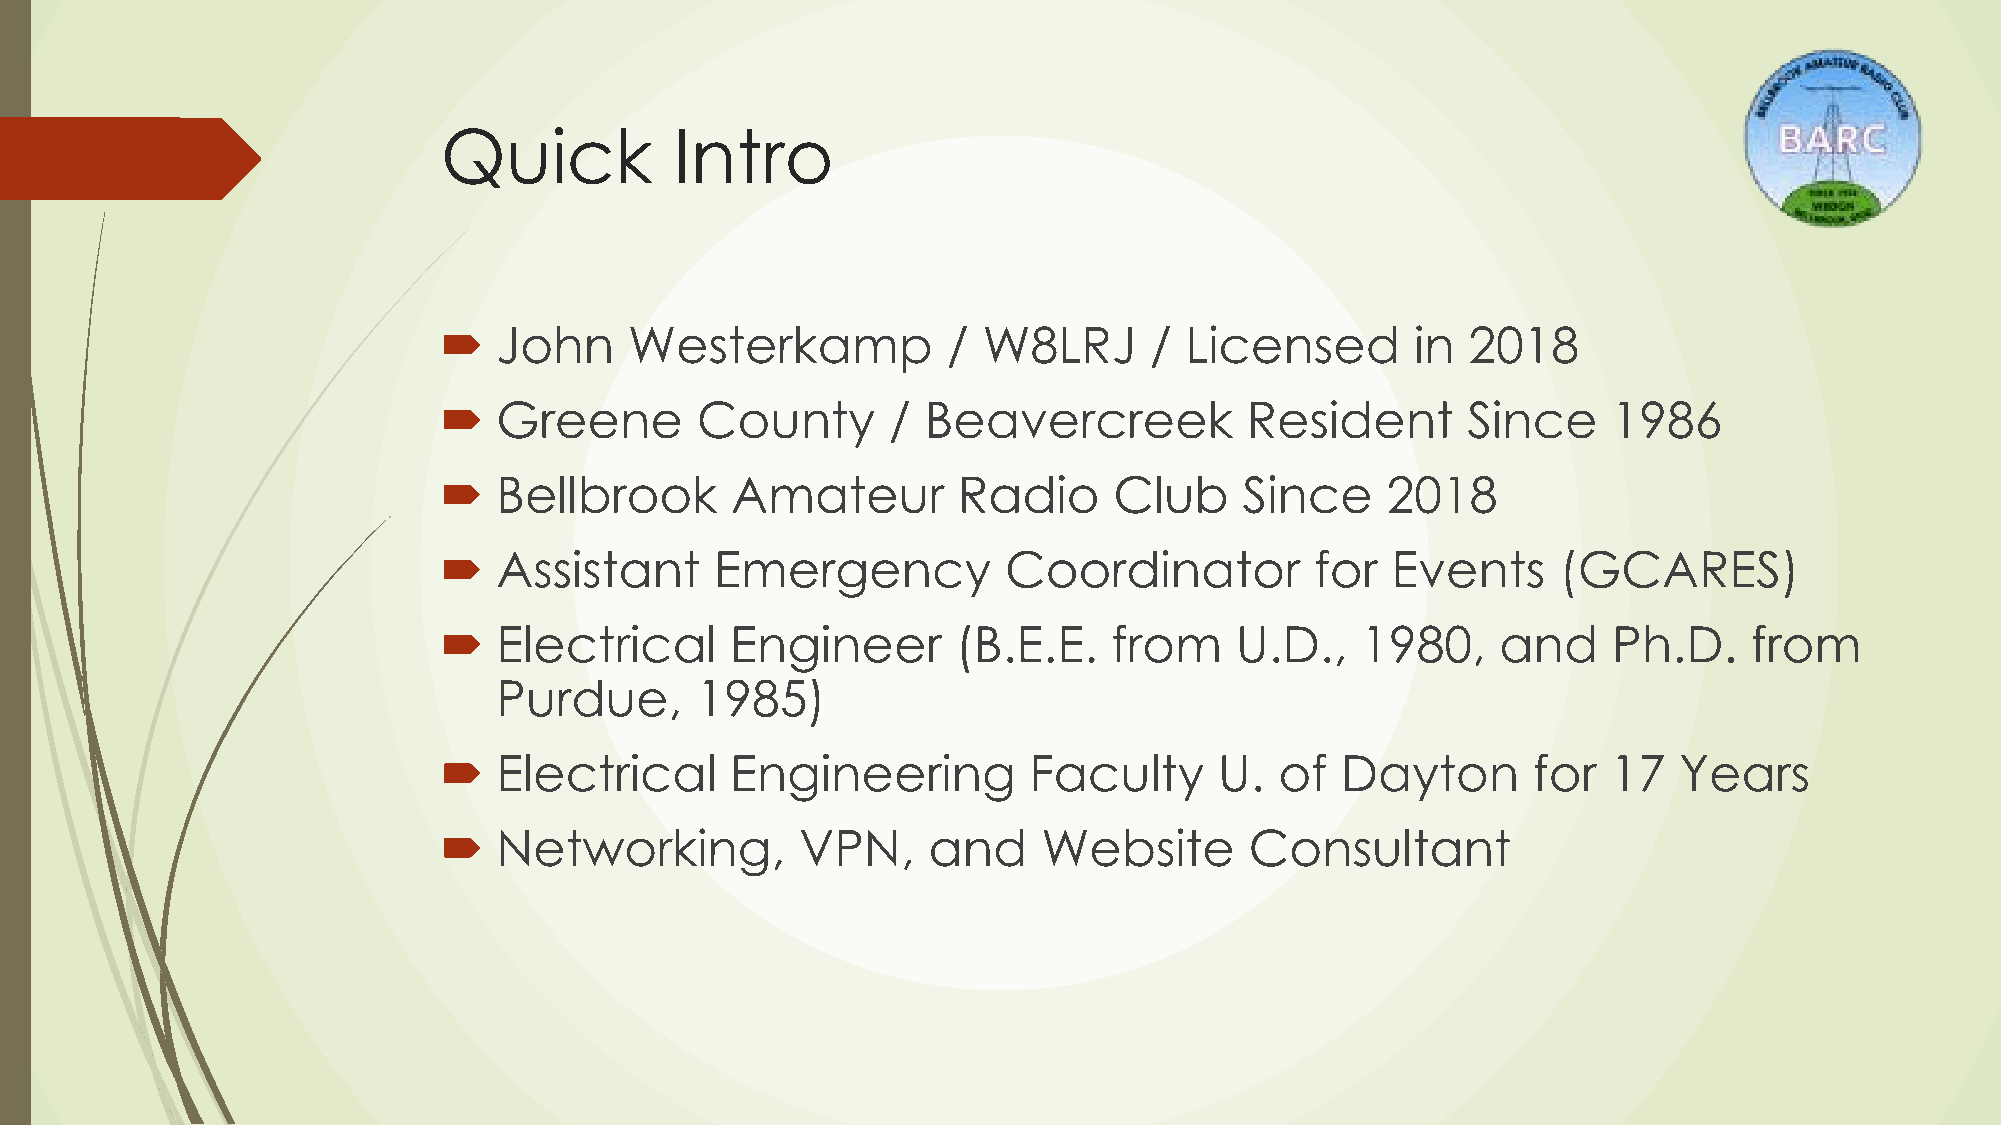
Quick           Intro
    John     Westerkamp           / W8LRJ      / Licensed        in 2018
    Greene       County       / Beavercreek          Resident       Since     1986
    Bellbrook      Amateur        Radio      Club    Since     2018
    Assistant     Emergency           Coordinator         for  Events     (GCARES)
    Electrical     Engineer       (B.E.E.    from    U.D.,   1980,    and     Ph.D.    from
 Purdue,      1985)
    Electrical     Engineering         Faculty      U.  of  Dayton      for   17  Years
    Networking,         VPN,    and     Website       Consultant